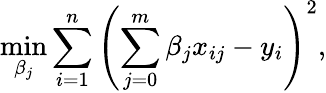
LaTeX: \underset{\beta_{j}}{\operatorname*{min}}\sum_{i=1}^{n}\left(\sum_{j=0}^{m}\beta_{j}x_{ij}-y_{i}\right)^{2},